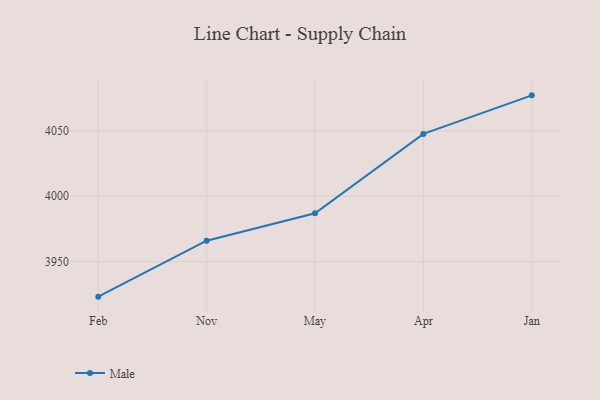
{"axis": {"x": "Month", "y": "Waste Production (Tons)"}, "legend": ["Male"], "data": [{"x": "Feb", "y": 3923.1, "type": "Male"}, {"x": "Nov", "y": 3965.9, "type": "Male"}, {"x": "May", "y": 3986.9, "type": "Male"}, {"x": "Apr", "y": 4047.6, "type": "Male"}, {"x": "Jan", "y": 4077.1, "type": "Male"}]}